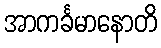
အာကင်္ခမာနောတိ